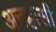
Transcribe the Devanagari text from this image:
अनह्रासी